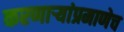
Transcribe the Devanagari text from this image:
करणार्‍यांप्रमाणेच